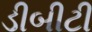
ડીબીટી